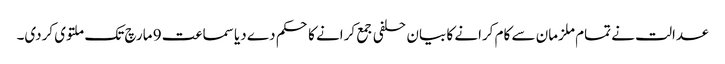
عدالت نے تمام ملزمان سے کام کرانے کا بیان حلفی جمع کرانے کا حکم دے دیا سماعت 9 مارچ تک ملتوی کردی۔